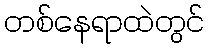
တစ်နေရာထဲတွင်